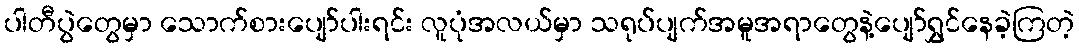
ပါတီပွဲတွေမှာ သောက်စားပျော်ပါးရင်း လူပုံအလယ်မှာ သရုပ်ပျက်အမူအရာတွေနဲ့ပျော်ရွှင်နေခဲ့ကြတဲ့